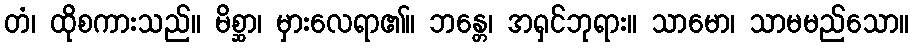
တံ၊ ထိုစကားသည်။ မိစ္ဆာ၊ မှားလေရာ၏။ ဘန္တေ၊ အရှင်ဘုရား။ သာမော၊ သာမမည်သော။